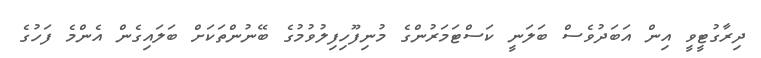
ދިރާގުޓީވީ އިން އަބަދުވެސް ބަލަނީ ކަސްޓަމަރުންގެ މުނިފޫހިފިލުވުމުގެ ބޭނުންތަކަށް ބަލައިގެން އެންމެ ފަހުގެ